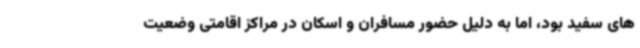
های سفید بود، اما به دلیل حضور مسافران و اسکان در مراکز اقامتی وضعیت